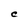
Character: C